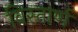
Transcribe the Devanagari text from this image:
विस्तार्ण